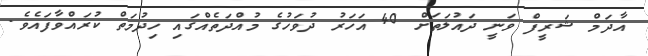
އާދަމް ޝަރީފް ވަނީ ދައުލަތަށް 40 އަހަރު ދުވަހުގެ މުއްދަތެއްގައި ހިދުމަތް ކުރައްވާފައެވެ.